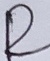
Text: R